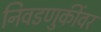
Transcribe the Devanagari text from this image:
निवडणुकींवर